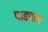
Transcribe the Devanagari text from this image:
पाडवता